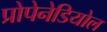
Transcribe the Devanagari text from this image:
प्रोपेनेडियोल